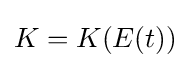
K=K(E(t))